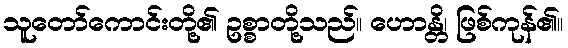
သူတော်ကောင်းတို့၏ ဥစ္စာတို့သည်။ ဟောန္တိ၊ ဖြစ်ကုန်၏။